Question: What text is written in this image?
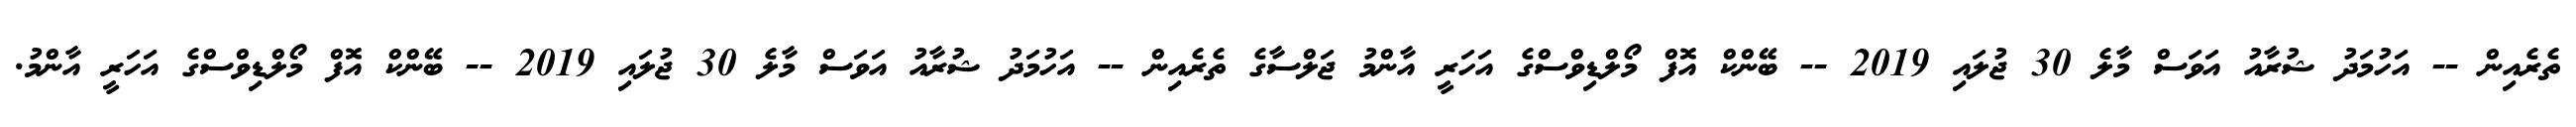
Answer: ތެރެއިން -- އަހުމަދު ޝުރާއު އަވަސް މާލެ 30 ޖުލައި 2019 -- ބޭންކް އޮފް މޯލްޑިވްސްގެ އަހަރީ އާންމު ޖަލްސާގެ ތެރެއިން -- އަހުމަދު ޝުރާއު އަވަސް މާލެ 30 ޖުލައި 2019 -- ބޭންކް އޮފް މޯލްޑިވްސްގެ އަހަރީ އާންމު.